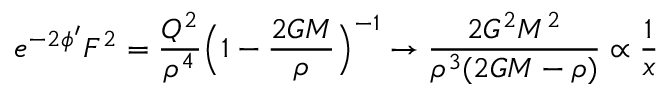
e ^ { - 2 \phi ^ { \prime } } F ^ { 2 } = \frac { Q ^ { 2 } } { \rho ^ { 4 } } \Bigl ( 1 - \frac { 2 G M } { \rho } \Bigr ) ^ { - 1 } \rightarrow \frac { 2 G ^ { 2 } M ^ { 2 } } { \rho ^ { 3 } ( 2 G M - \rho ) } \propto \frac { 1 } { x }